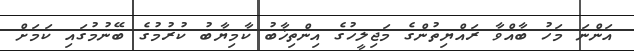
އަންނަ މަހު ބާއްވާ ރައްޔިތުންގެ މަޖިލީހުގެ އިންތިޚާބު ކާމިޔާބު ކުރުމުގެ ބޭނުމުގައި ކަމަށް